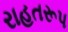
રાહતરૂપ